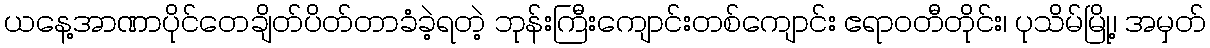
ယနေ့အာဏာပိုင်တေချိတ်ပိတ်တာခံခဲ့ရတဲ့ ဘုန်းကြီးကျောင်းတစ်ကျောင်း ဧရာဝတီတိုင်း၊ ပုသိမ်မြို့၊ အမှတ်